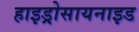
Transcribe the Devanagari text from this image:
हाइड्रोसायनाइड